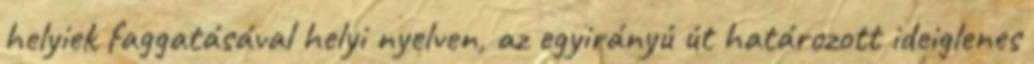
helyiek faggatásával helyi nyelven, az egyirányú út határozott ideiglenes